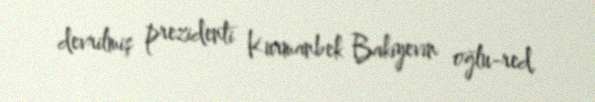
devrilmiş prezidenti Kurmanbek Bakiyevin oğlu-red.